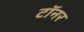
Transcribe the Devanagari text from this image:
टॉनर